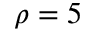
\rho = 5